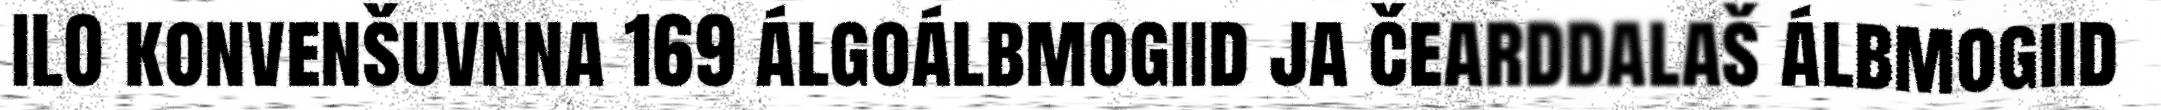
ILO konvenšuvnna 169 álgoálbmogiid ja čearddalaš álbmogiid